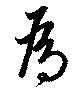
為